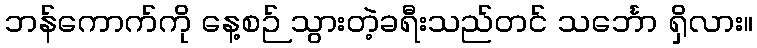
ဘန်ကောက်ကို နေ့စဉ် သွားတဲ့ခရီးသည်တင် သင်္ဘော ရှိလား။